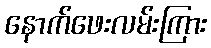
နောက်ဖေးလမ်းကြား